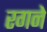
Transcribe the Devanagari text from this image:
रगने